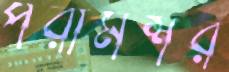
পরামর্শর